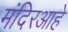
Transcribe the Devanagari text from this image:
मंदिरआहे